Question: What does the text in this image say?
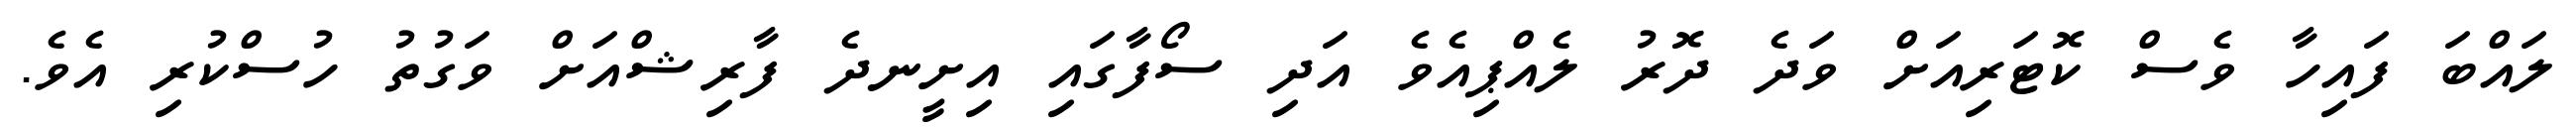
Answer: ލައްބަ ފައިހާ ވެސް ކޮޓަރިއަށް ވަދެ ދޮރު ލެއްޕިއެވެ އަދި ސޯފާގައި އިށީނދެ ފާރިޝްއަށް ވަގުތު ހުސްކުރި އެވެ.